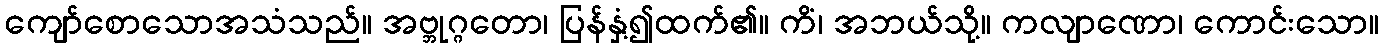
ကျော်စောသောအသံသည်။ အဗ္ဘုဂ္ဂတော၊ ပြန်နှံ့၍ထက်၏။ ကိံ၊ အဘယ်သို့။ ကလျာဏော၊ ကောင်းသော။